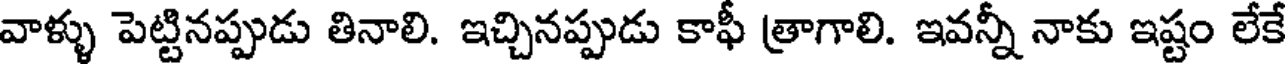
వాళ్ళు పెట్టినప్పుడు తినాలి. ఇచ్చినప్పుడు కాఫీ త్రాగాలి. ఇవన్నీ నాకు ఇష్టం లేకే